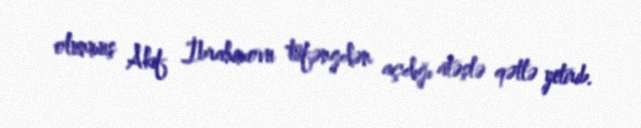
olunmuş Akif İbrahimovu tüfəngdən açdığı atəşlə qətlə yetirib.